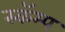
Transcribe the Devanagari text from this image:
स्कॅम्प